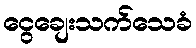
ငွေချေးသက်သေခံ